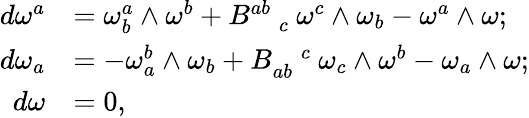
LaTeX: \begin{array}{rl}{d\omega^{a}}&{=\omega_{b}^{a}\wedge\omega^{b}+B_{\quad c}^{ab}\ \omega^{c}\wedge\omega_{b}-\omega^{a}\wedge\omega;}\\ {d\omega_{a}}&{=-\omega_{a}^{b}\wedge\omega_{b}+B_{ab}^{\quad c}\ \omega_{c}\wedge\omega^{b}-\omega_{a}\wedge\omega;}\\ {d\omega}&{=0,}\end{array}